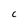
Character: C